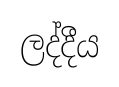
ලද්දීය